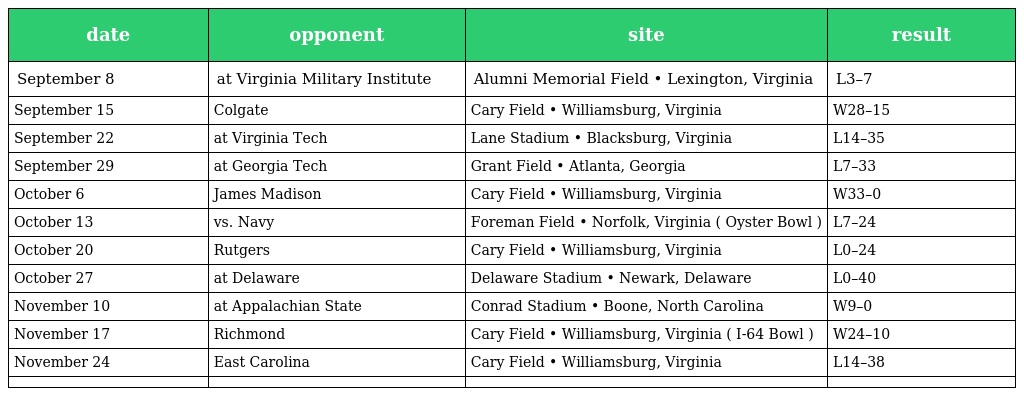
| date | opponent | site | result |
 | --- | --- | --- | --- |
 | September 8 | at Virginia Military Institute | Alumni Memorial Field • Lexington, Virginia | L3–7 |
 | September 15 | Colgate | Cary Field • Williamsburg, Virginia | W28–15 |
 | September 22 | at Virginia Tech | Lane Stadium • Blacksburg, Virginia | L14–35 |
 | September 29 | at Georgia Tech | Grant Field • Atlanta, Georgia | L7–33 |
 | October 6 | James Madison | Cary Field • Williamsburg, Virginia | W33–0 |
 | October 13 | vs. Navy | Foreman Field • Norfolk, Virginia ( Oyster Bowl ) | L7–24 |
 | October 20 | Rutgers | Cary Field • Williamsburg, Virginia | L0–24 |
 | October 27 | at Delaware | Delaware Stadium • Newark, Delaware | L0–40 |
 | November 10 | at Appalachian State | Conrad Stadium • Boone, North Carolina | W9–0 |
 | November 17 | Richmond | Cary Field • Williamsburg, Virginia ( I-64 Bowl ) | W24–10 |
 | November 24 | East Carolina | Cary Field • Williamsburg, Virginia | L14–38 |
 |  |  |  |  |